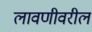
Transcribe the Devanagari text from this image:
लावणीवरील